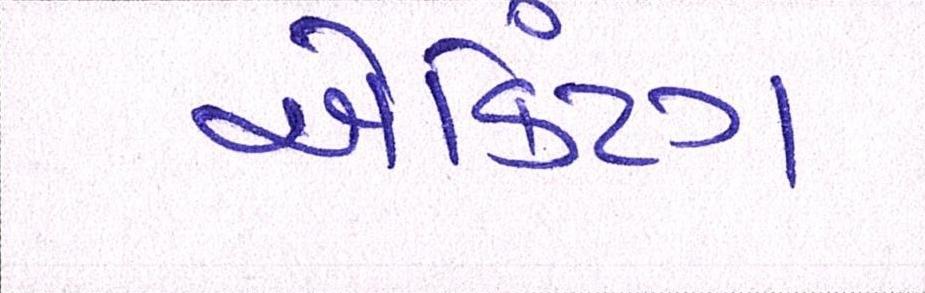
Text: ઍક્ટિંગ